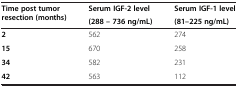
<table><thead><tr><td><b>Time post tumor resection (months)</b></td><td><b>Serum IGF-2 level</b></td><td><b>Serum IGF-1 level</b></td></tr><tr><td><b> </b></td><td><b>(288 – 736 ng/mL)</b></td><td><b>(81–225 ng/mL)</b></td></tr></thead><tbody><tr><td><b>2</b></td><td>562</td><td>274</td></tr><tr><td><b>15</b></td><td>670</td><td>258</td></tr><tr><td><b>34</b></td><td>582</td><td>231</td></tr><tr><td><b>42</b></td><td>563</td><td>112</td></tr></tbody></table>